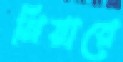
মিয়ারে